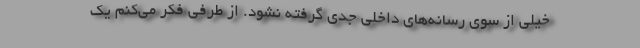
خیلی از سوی رسانه‌های داخلی جدی گرفته نشود. از طرفی فکر می‌کنم یک